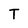
Character: T